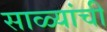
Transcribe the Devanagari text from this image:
साळ्यांची